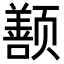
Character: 𬱱